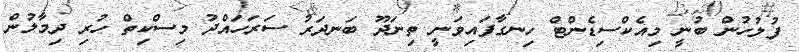
ފުލުހުން ބުނީ މިއެކްސިޑެންޓް ހިނގާފައިވަނީ ތިނަދޫ ބަނދަރު ސަރަހައްދު މިސްކިތް ހުރި ދިމާލުން